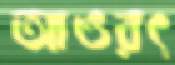
আওরৎ